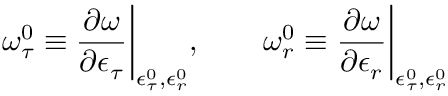
\omega _ { \tau } ^ { 0 } \equiv \frac { \partial \omega } { \partial \epsilon _ { \tau } } \bigg | _ { \epsilon _ { \tau } ^ { 0 } , \epsilon _ { r } ^ { 0 } } , \qquad \omega _ { r } ^ { 0 } \equiv \frac { \partial \omega } { \partial \epsilon _ { r } } \bigg | _ { \epsilon _ { \tau } ^ { 0 } , \epsilon _ { r } ^ { 0 } }